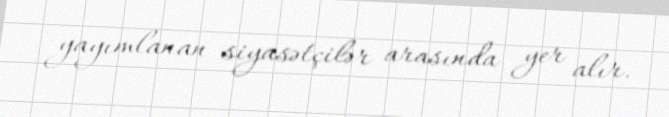
yayımlanan siyasətçilər arasında yer alır.